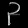
Digit: ၃